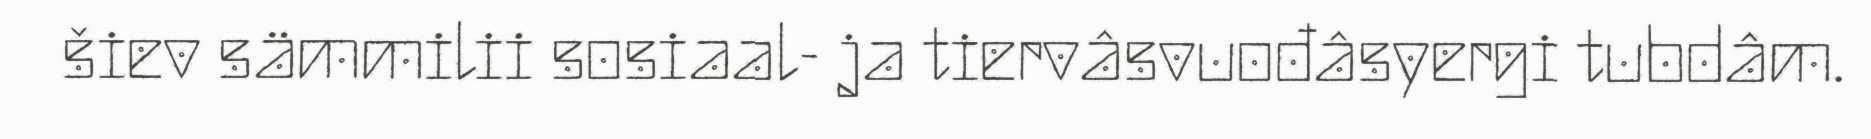
šiev sämmilii sosiaal- ja tiervâsvuođâsyergi tubdâm.